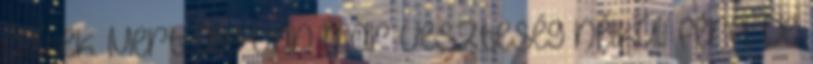
építek. Mert alig van már veszteség nélküli férfi. De